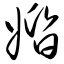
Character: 婚